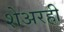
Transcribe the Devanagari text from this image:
शेअरही